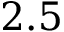
2 . 5